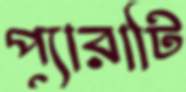
প্যারাটি